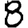
Digit: 8